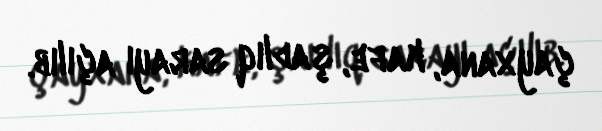
çayxana, kafe, şadlıq sarayı açılıb.